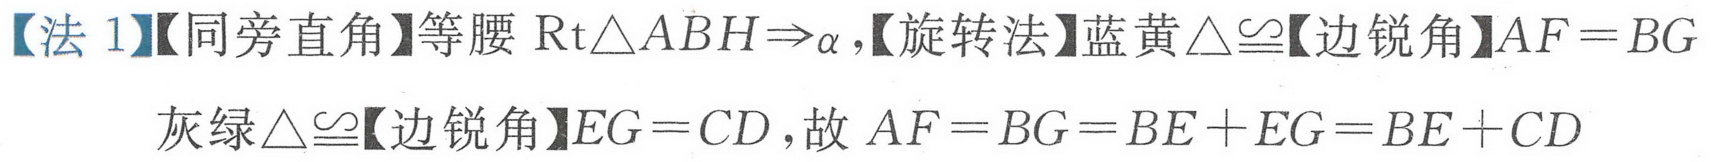
【法 1】【同旁直角】等腰\(Rt\triangle ABH\Rightarrow\alpha\)，【旋转法】蓝黄\(\triangle\cong\)【边锐角】\(AF = BG\)
灰绿\(\triangle\cong\)【边锐角】\(EG = CD\)，故 \(AF = BG=BE + EG=BE + CD\)